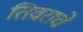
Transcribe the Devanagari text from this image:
तिवराचे